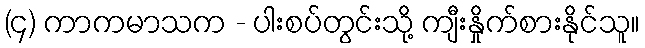
(၄) ကာကမာသက - ပါးစပ်တွင်းသို့ ကျီးနှိုက်စားနိုင်သူ။